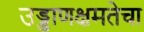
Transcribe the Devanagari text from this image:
उड्डाणक्षमतेचा